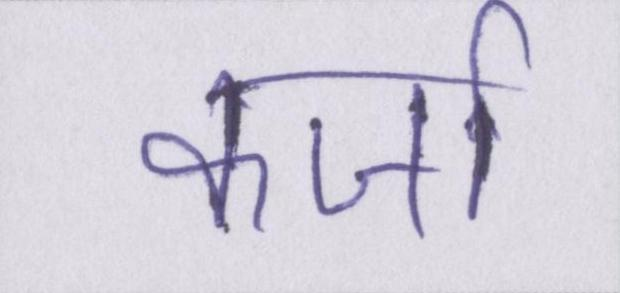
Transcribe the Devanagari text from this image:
कर्जा